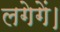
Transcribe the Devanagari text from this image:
लगेगें।